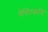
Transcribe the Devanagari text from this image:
येसिल्कॉय